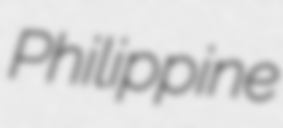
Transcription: Philippine